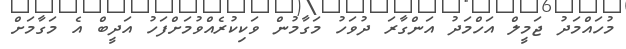
މުހައްމަދު ޖަމީލް އަހްމަދު އަންގާރަ ދުވަހު މަގާމުން ވަކިކުރެއްވުމަށްފަހު އަދީބް އެ މަގާމަށް